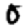
Digit: 0